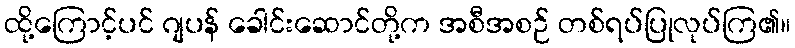
ထို့ကြောင့်ပင် ဂျပန် ခေါင်းဆောင်တို့က အစီအစဉ် တစ်ရပ်ပြုလုပ်ကြ၏။